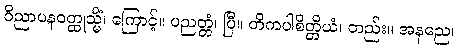
ဝိညာပနဝတ္ထုသ္မိံ၊ ကြောင့်။ ပညတ္တံ၊ ပြီ။ တိကပါစိတ္တိယံ၊ တည်း။ အနညေ၊